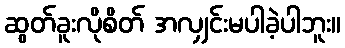
ဆွတ်ခူးလိုစိတ် အလျှင်းမပါခဲ့ပါဘူး။